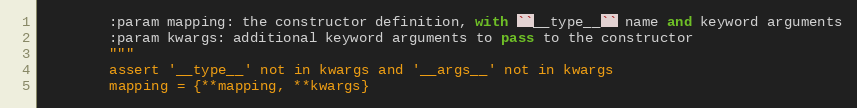
Language: Python
        :param mapping: the constructor definition, with ``__type__`` name and keyword arguments
        :param kwargs: additional keyword arguments to pass to the constructor
        """
        assert '__type__' not in kwargs and '__args__' not in kwargs
        mapping = {**mapping, **kwargs}